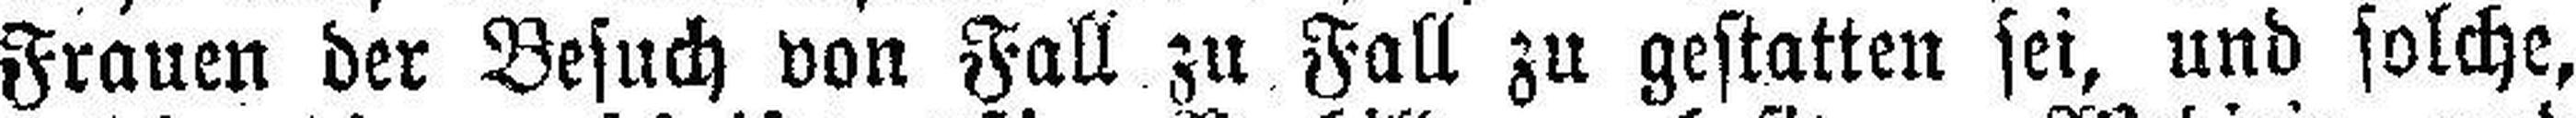
Frauen der Besuch von Fall zu Fall zu gestatten sei, und solche,